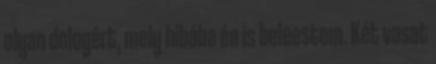
olyan dologért, mely hibába én is beleestem. Két vasat